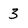
Character: 3